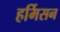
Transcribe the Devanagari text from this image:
हर्मिसन